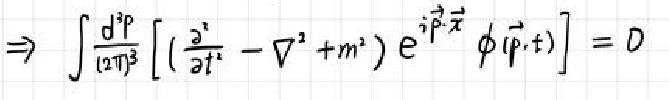
\[ \Rightarrow \int \frac{d^{3}p}{(2\pi)^{3}} \left[ \left( \frac{\partial^{2}}{\partial t^{2}} - \nabla^{2} + m^{2} \right) e^{i \vec{p} \cdot \vec{x}} \phi(\vec{p}, t) \right] = 0 \]